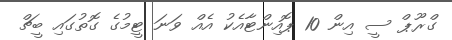
ގްރޫޕް ސީ އިން 10 ޕޮއިންޓާއެކު އެއް ވަނަ ޓީމުގެ ގޮތުގައި ބީޗް